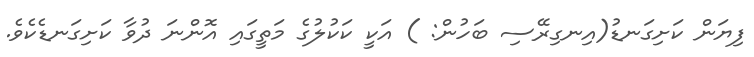
ފިޔަން ކަށިގަނޑު(އިނގިރޭސި ބަހުން: ) އަކީ ކަކުލުގެ މަތީގައި އޮންނަ ދުވާ ކަށިގަނޑެކެވެ.